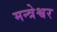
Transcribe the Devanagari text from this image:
मन्त्रेश्वर